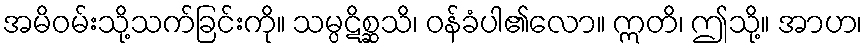
အမိဝမ်းသို့သက်ခြင်းကို။ သမ္ပဋိစ္ဆသိ၊ ဝန်ခံပါ၏လော။ ဣတိ၊ ဤသို့။ အာဟ၊